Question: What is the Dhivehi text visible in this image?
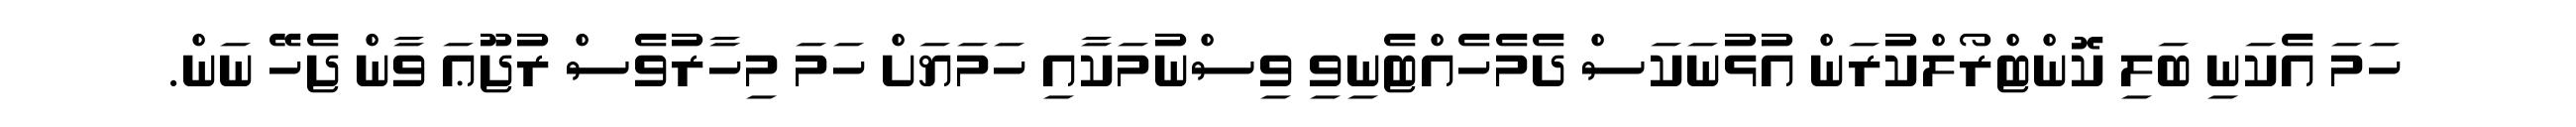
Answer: ހަމަ އެކަނި ބަލި ކޮންޓްރޯލްކުރަން އުޅުނަކަސް ދެމެހެއްޓެނިވި ވިސްނުމަކާއި ހަމަޔަށް ހަމަ މިހާރުވެސް ރުޖޫޢަ ވާން ޖެހޭ ނަން.